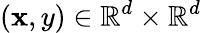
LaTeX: (\mathbf{x},y)\in\mathbb{{R}}^{d}\times\mathbb{{R}}^{d}